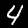
Digit: 4